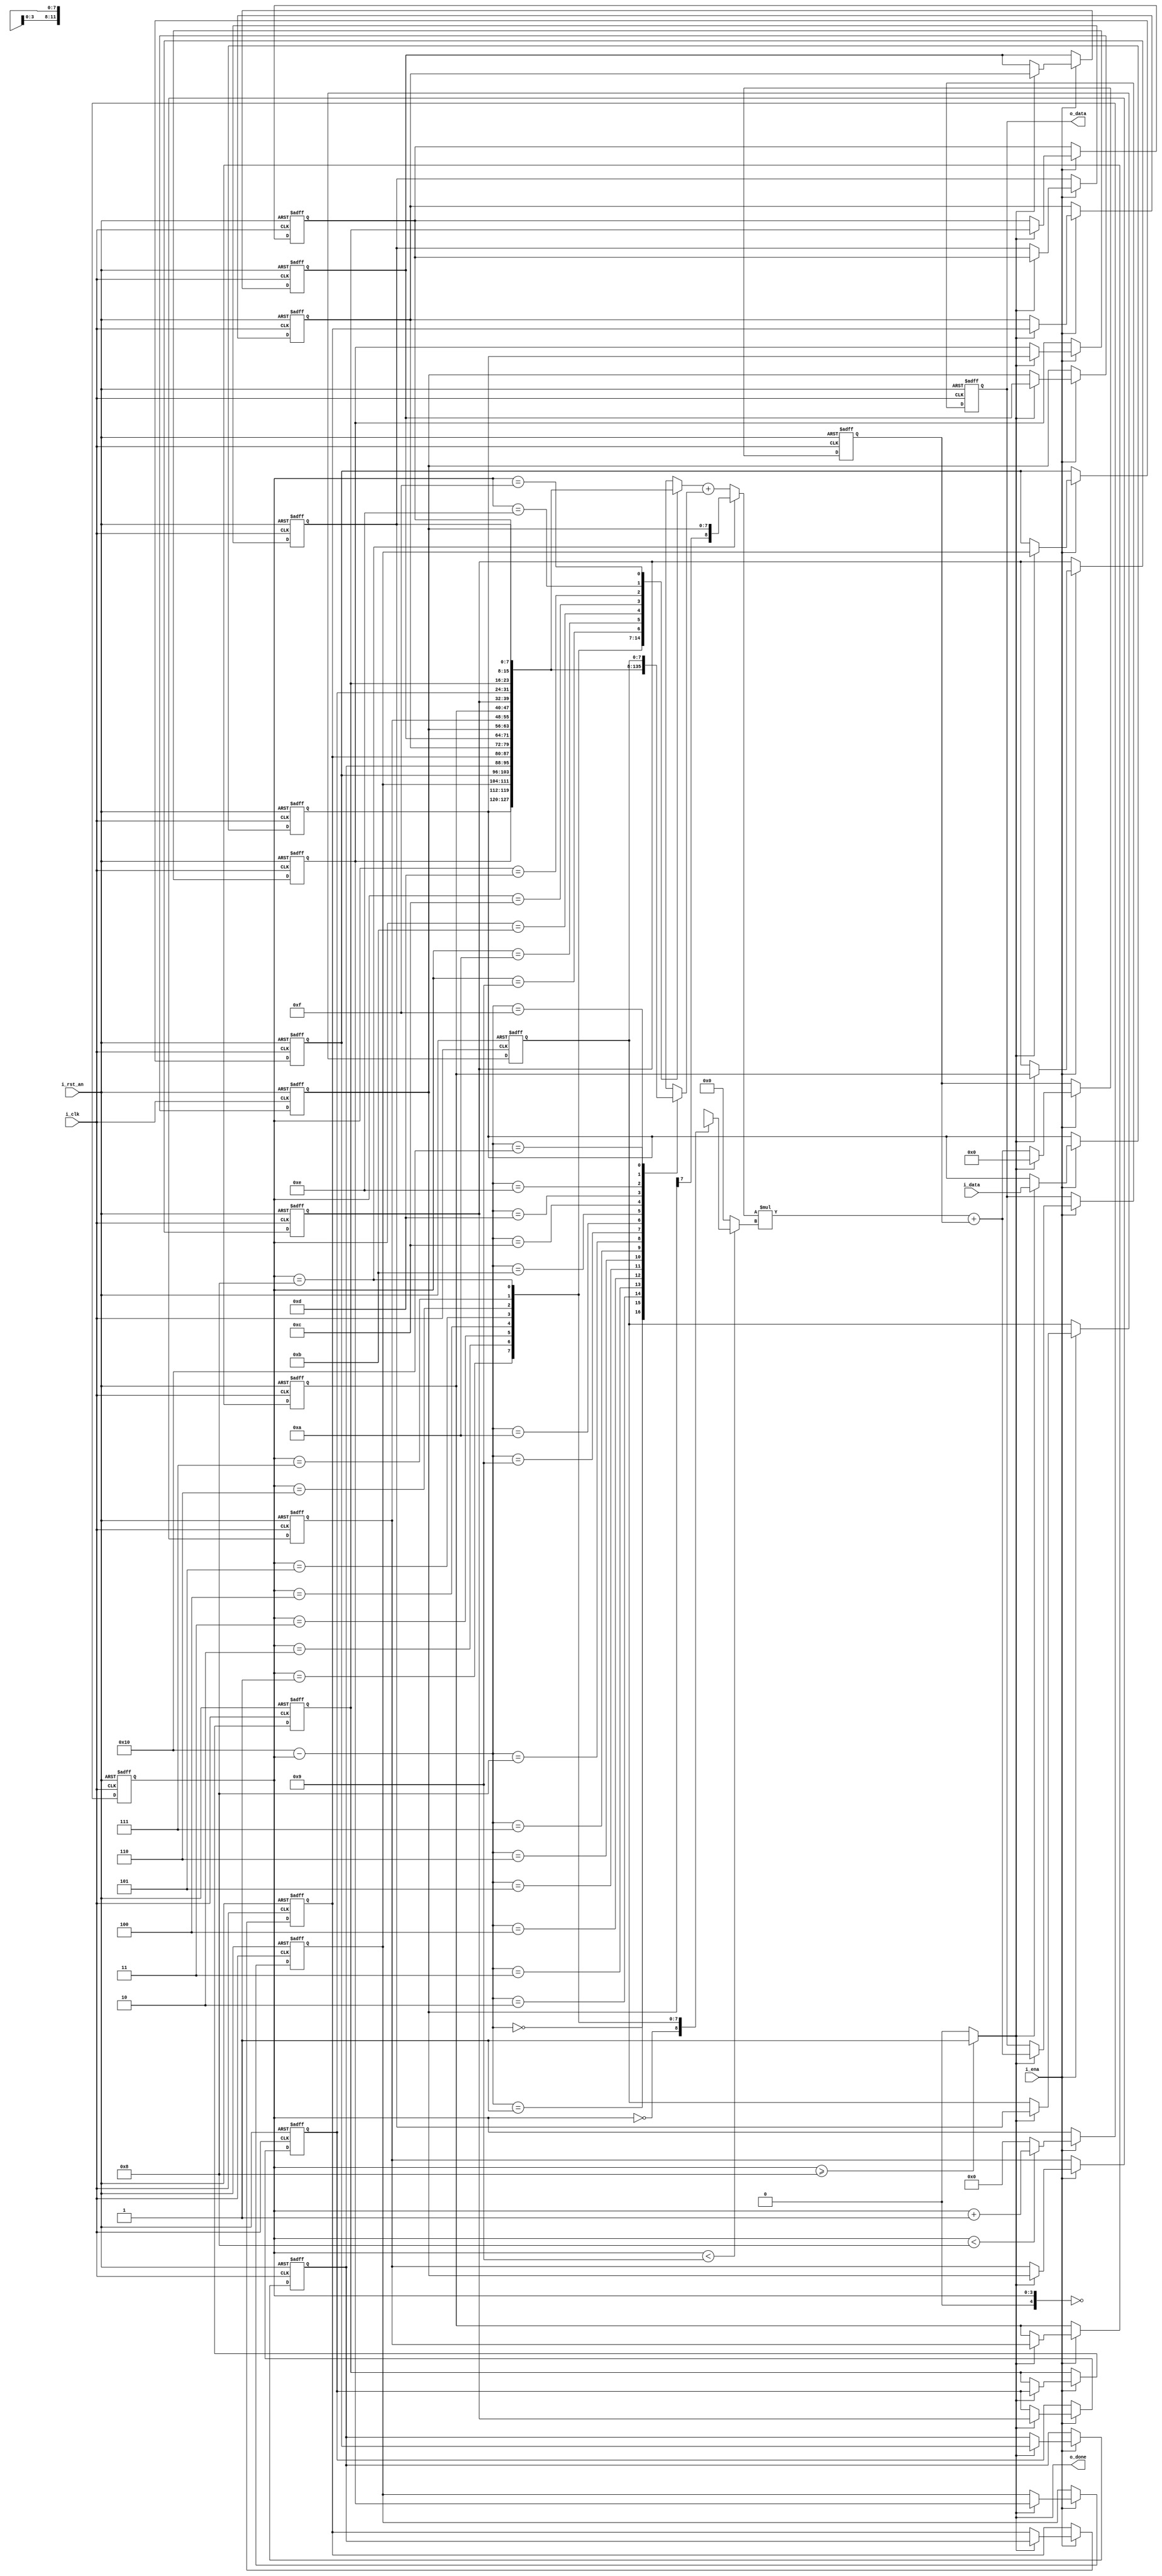
// -------------------------------------------------------------------
// Copyright (C) 2019 Ahmed Shahein
// -------------------------------------------------------------------
//
// -------------------------------------------------------------------
module filt_mac_iverilog #(
  parameter gp_inp_width        = 8,                              // Set input data width
  parameter gp_coeff_length      = 17,
  parameter gp_coeff_width       = 12,
  parameter gp_symm              = 1,
  parameter gp_oup_width         = gp_inp_width+gp_coeff_width+gp_coeff_length
) (
  input  wire                           i_rst_an,
  input  wire                           i_ena,
  input  wire                           i_clk,
  input  wire signed [gp_inp_width-1:0] i_data,
  output wire signed [gp_oup_width-1:0] o_data,
  output wire                           o_done
);
// -------------------------------------------------------------------
  // CONSTANT DECLARATION
  localparam c_coeff_size    = (gp_symm) ? ((gp_coeff_length/2)+(gp_coeff_length%2)) : gp_coeff_length;
  localparam c_even_odd_symm = (gp_symm && ((gp_coeff_length%2)==0) ) ? 1'b1 : 1'b0;
  localparam c_count_width   = $clog2(c_coeff_size);
  localparam c_mul_oup_width = gp_inp_width   + gp_coeff_width;
  localparam c_add_oup_width = c_mul_oup_width + gp_coeff_length;
  // REGISTER DECLARATION
  reg  signed [gp_inp_width-1  :0] r_delay_line [0:gp_coeff_length-1];
  reg         [c_count_width-1  :0] r_count_coeff;
  reg  signed [c_add_oup_width-1:0] r_add_oup;
  reg  signed [gp_oup_width-1   :0] r_data;
  // WIRE DECLARATION
  wire signed [gp_coeff_width-1 :0] c_coeff     [0:c_coeff_size-1];
  wire signed [gp_inp_width    :0] w_mul_inp_a; // for symmetric filters to avoid overflow of DL addition
  wire signed [gp_coeff_width-1 :0] w_mul_inp_b;
  wire signed [c_mul_oup_width-1:0] w_mul_oup;
  wire signed [c_add_oup_width-1:0] w_add_oup;
  wire                              w_done;
  integer i;
// -------------------------------------------------------------------
//  `include "filt_coeff.v"
// -------------------------------------------------------------------
  // DELAY LINE
  always @(posedge i_clk or negedge i_rst_an)
    begin: p_delay_line
      if (!i_rst_an)
        begin
	  for (i=0; i<gp_coeff_length; i=i+1)
	    r_delay_line[i] <= 'sd0;
	end
      else if (i_ena)
        begin
	if(w_done) 
	  begin
	    r_delay_line[0] <= i_data;
	    for (i=1; i<gp_coeff_length; i=i+1)
	      r_delay_line[i] <= r_delay_line[i-1];
	  end
	end
    end
  
  // MUX SELECTOR - COUNTER
  always @(posedge i_clk or negedge i_rst_an)
    begin: p_cnt_mux_sel
      if (!i_rst_an)
        r_count_coeff <= {c_count_width{1'b1}};
      else if (i_ena)
        begin
	  if (r_count_coeff < c_coeff_size-1)
	    r_count_coeff <= r_count_coeff + 1'b1;
	  else
	    r_count_coeff <= 'd0;
	end
    end  
  
  // MULTIPLIER INPUT A
  generate
    if (gp_symm)
      begin: g_symm_inp_a
        assign w_mul_inp_a = ( !c_even_odd_symm && (r_count_coeff==c_coeff_size-1) ) ? // MIDDLE TAP
					                       r_delay_line[r_count_coeff] 
							     : // MIRRORED TAPS
							       ($signed(r_delay_line[r_count_coeff]) +  $signed(r_delay_line[gp_coeff_length-1-r_count_coeff]));
      end
    else
      begin: g_asymm_inp_a
        assign w_mul_inp_a = (r_count_coeff<c_coeff_size) ? $signed(r_delay_line[r_count_coeff]) : 'sd0;
      end
  endgenerate
  
  // MULTIPLIER INP B
  assign w_mul_inp_b = (r_count_coeff<c_coeff_size) ? $signed(c_coeff[r_count_coeff])      : 'sd0;
  
  // SIGNED MULTIPLIER
  assign w_mul_oup   = $signed(w_mul_inp_a) * $signed(w_mul_inp_b);
  
  // SIGNED ACCUMULATOR
  assign w_add_oup   = $signed(w_mul_oup)   + $signed(r_add_oup);

  // ACCUMULATOR REGISTER
  always @(posedge i_clk or negedge i_rst_an)
    begin: p_reg_adder
      if (!i_rst_an)
        r_add_oup <= 'd0;
      else if (i_ena)
        begin
	  if (w_done)
	    r_add_oup <= 'd0;
	  else
            r_add_oup <= w_add_oup;
	end
    end
  
  // OUTPUT REGISTER  
  always @(posedge i_clk or negedge i_rst_an)
    begin: p_reg_oup
      if (!i_rst_an)
        r_data <= 'd0;
      else if (i_ena)
        begin
	  if (w_done)
	    r_data <= w_add_oup;
	end
    end    
  
  // FLAG DONE/LOAD
  assign w_done = (r_count_coeff>=c_coeff_size-1) ? 1'b1 : 1'b0;
  
  // OUTPUT ASSIGNMENTS
  assign o_data = r_data;  
  assign o_done = w_done;
  
endmodule